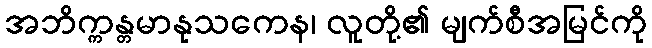
အဘိက္ကန္တမာနုသကေန၊ လူတို့၏ မျက်စီအမြင်ကို